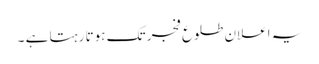
یہ اعلان طلوعِ فجر تک ہوتا رہتا ہے ۔